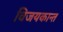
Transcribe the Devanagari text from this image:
विजयकान्त